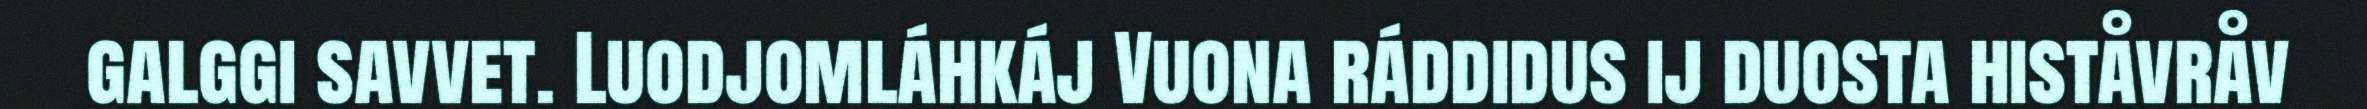
galggi savvet. Luodjomláhkáj Vuona ráddidus ij duosta histåvråv